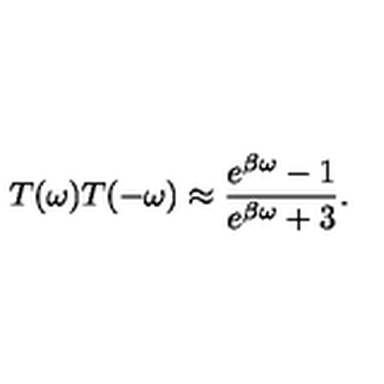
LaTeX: T ( \omega ) T ( - \omega ) \approx \frac { e ^ { \beta \omega } - 1 } { e ^ { \beta \omega } + 3 } .